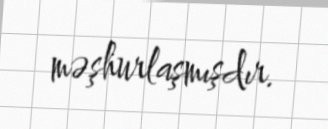
məşhurlaşmışdır.